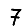
Digit: 7